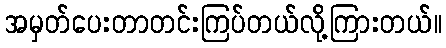
အမှတ်ပေးတာတင်းကြပ်တယ်လို့ကြားတယ်။